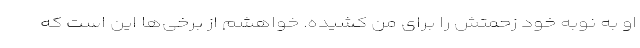
او به نوبه خود زحمتش را برای من کشیده. خواهشم از برخی‌ها این است که